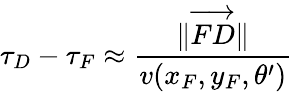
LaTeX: \tau_{D}-\tau_{F}\approx\frac{\| \overrightarrow{FD}\| }{v(x_{F},y_{F},\theta^{\prime})}